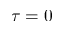
\tau = 0